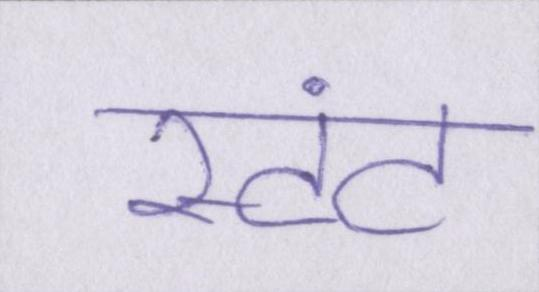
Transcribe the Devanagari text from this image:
स्टंट